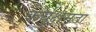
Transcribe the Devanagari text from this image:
कर्यक्षमता